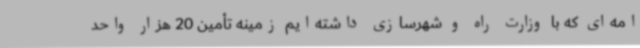
امه‌ای که با وزارت راه و شهرسازی داشته‌ایم زمینه تأمین 20 هزار واحد